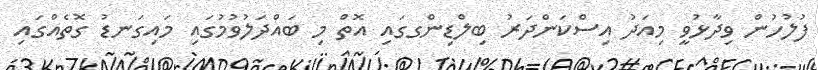
ފުލުހުން ވިދާޅުވީ މިއަދު އިސްކަންދަރު ބިލްޑިންގގައި އޮތް މި ބައްދަލުވުމުގައި މައިގަނޑު ގޮތެއްގައި